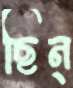
ছিন্